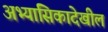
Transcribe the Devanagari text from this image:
अभ्यासिकादेखील